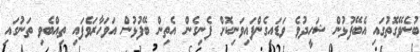
ބުނެވޭގޮތުގައި އެބޭފުޅުން ޝަހީދުވެ ވަޑައިގެންފައިވަނިކޮށް ފެނިގެން އެތިން ބޭފުޅުން އަވަހާރަވެފައި ތިއްބެވި ތަނުގައި